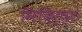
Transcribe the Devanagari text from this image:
निदिर्ष्टं